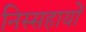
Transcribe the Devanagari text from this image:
निस्सहायों